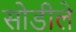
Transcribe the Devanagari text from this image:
सोडीले